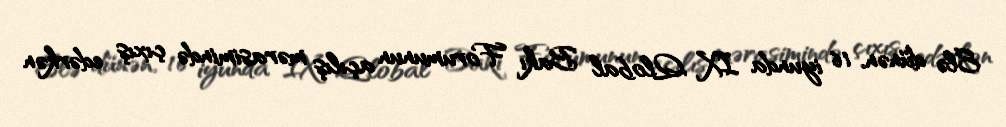
Elə dünən, 16 iyunda IX Qlobal Bakı Forumunun açılış mərasimində çıxış edərkən